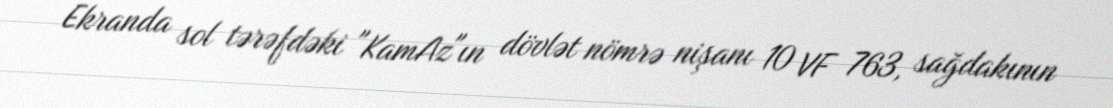
Ekranda sol tərəfdəki "KamAz"ın dövlət nömrə nişanı 10 VF 763, sağdakının